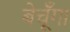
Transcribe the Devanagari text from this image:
बेचूँगा